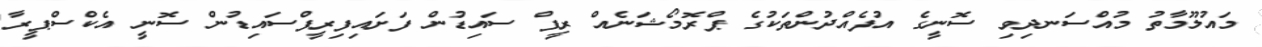
މައުލޫމާތު މުއްސަނދިވި ސޮނީގެ އުފެއްދުންތަކުގެ ޕްރޮމޯޝަނެއް ރީފް ސައިޑުން ފަށައިފިރީފްސައިޑުން ސޮނީ އެކްސްޕީރާ